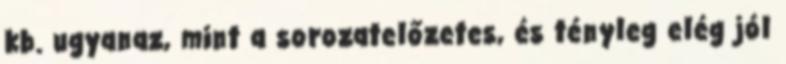
kb. ugyanaz, mint a sorozatelőzetes, és tényleg elég jól